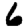
Digit: 6